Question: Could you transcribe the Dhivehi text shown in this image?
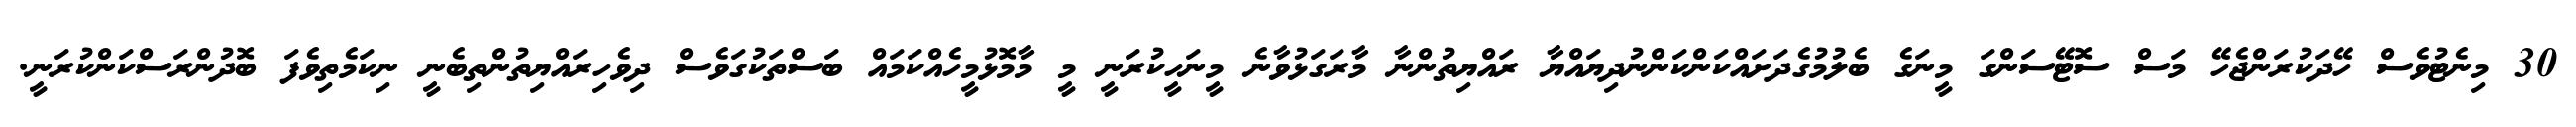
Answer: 30 މިނެޓުވެސް ހޭދަކުރަންޖެހޭ މަސް ސޮޓޭސަންގަ މީނަގެ ބެލުމުގެދަށައްކަންކަންނުދިޔައްޔާ ރައްޔިތުންނާ މާރަގަޅުވާނެ މީނަހީކުރަނީ މީ މާމޮޅުމީހެއްކަމައް ބަސްތަކުގަވެސް ދިވެހިރައްޔިތުންތިބެނީ ނިކަމެތިވެފަ ބޮދުންރަސްކަންކުރަނީ.